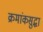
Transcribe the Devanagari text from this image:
क्रमांकसुद्धा